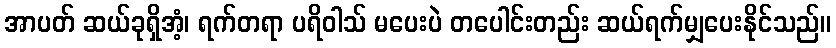
အာပတ် ဆယ်ခုရှိအံ့၊ ရက်တရာ ပရိဝါသ် မပေးပဲ တပေါင်းတည်း ဆယ်ရက်မျှပေးနိုင်သည်။